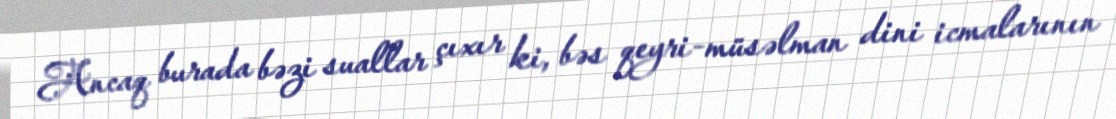
Ancaq burada bəzi suallar çıxır ki, bəs qeyri-müsəlman dini icmalarının